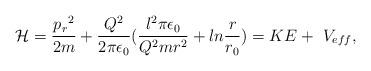
LaTeX: \begin{align*}{\cal H}={{{p_r}^2}\over{2m}}+{{Q^2}\over{2\pi\epsilon_0}}({{l^2\pi\epsilon_0}\over{Q^2mr^2}}+ln{r\over{r_0}})=KE+~V_{eff},\end{align*}